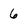
Character: 6